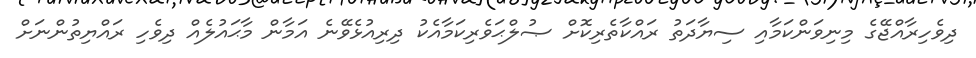
ދިވެހިރާއްޖޭގެ މިނިވަންކަމާއި ސިޔާދަތު ރައްކާތެރިކޮށް ޞުލްޙަވެރިކަމާއެކު ދިރިއުޅެވޭނެ އަމާން މާޙައުލެއް ދިވެހި ރައްޔިތުންނަށް